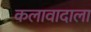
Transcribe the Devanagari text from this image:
कलावादाला